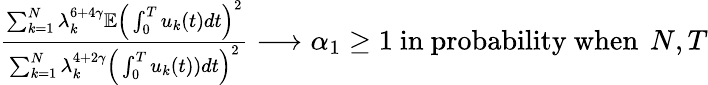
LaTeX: \begin{array}{r}{\frac{\sum_{k=1}^{N}\lambda_{k}^{6+4\gamma}\mathbb E\Big(\int_{0}^{T}u_{k}(t)dt\Big)^{2}}{\sum_{k=1}^{N}\lambda_{k}^{4+2\gamma}\Big(\int_{0}^{T}u_{k}(t))dt\Big)^{2}}\longrightarrow\alpha_{1}\ge 1\mathrm{~in~probability~when~}\, N,T}\end{array}